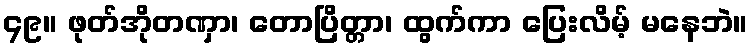
၄၉။ ဖုတ်အိုတဏှာ၊ တောပြိတ္တာ၊ ထွက်ကာ ပြေးလိမ့် မနေဘဲ။